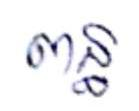
ពន្ធ